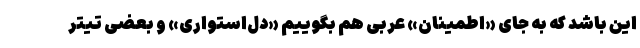
این باشد که به جای «اطمینان» عربی هم بگوییم «دل‌استواری» و بعضی تیتر